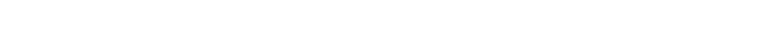
အကယ်၍ ယေရှု ခရစ်တော်အား အသိအမှတ်မပြုခဲ့လျှင် ဤကျမ်းပိုဒ်ကို အလေးနက်